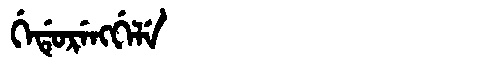
Manchu: ᡤᡝᡩᡠᡵᡝᠩᡤᡝᠯᡝ
Romanization: GEDURENGGELE